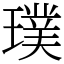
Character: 璞